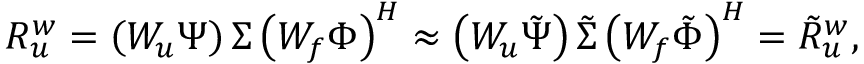
\boldsymbol { R _ { u } ^ { w } } = \left( \boldsymbol { W _ { u } } \boldsymbol { \Psi } \right) \boldsymbol { \Sigma } \left( \boldsymbol { W _ { f } } \boldsymbol { \Phi } \right) ^ { H } \approx \left( \boldsymbol { W _ { u } } \boldsymbol { \tilde { \Psi } } \right) \boldsymbol { \tilde { \Sigma } } \left( \boldsymbol { W _ { f } } \boldsymbol { \tilde { \Phi } } \right) ^ { H } = \boldsymbol { \tilde { R } _ { u } ^ { w } } ,